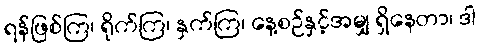
ရန်ဖြစ်ကြ၊ ရိုက်ကြ၊ နှက်ကြ၊ နေ့စဉ်နှင့်အမျှ ရှိနေတာ၊ ဒါ